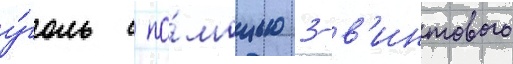
у́голь с по́мощью 3-в'интового